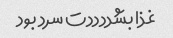
غذا بشددددت سرد بود